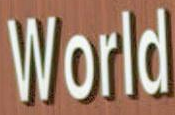
World